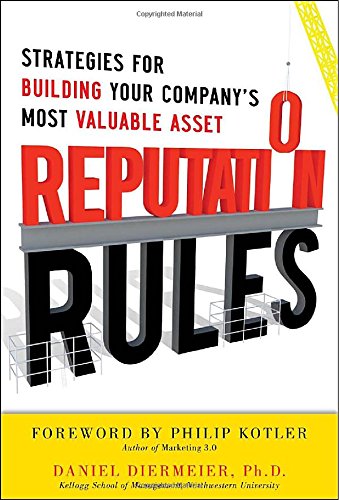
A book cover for Reputation Rules: Strategies for Building Your CompanyEEs Most Valuable Asset; Daniel Diermeier; Business & Money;